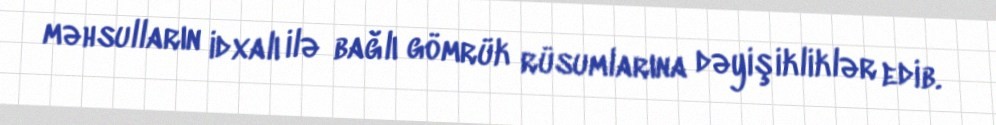
məhsulların idxalı ilə bağlı gömrük rüsumlarına dəyişikliklər edib.